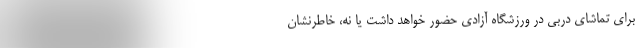
برای تماشای دربی در ورزشگاه آزادی حضور خواهد داشت یا نه، خاطرنشان